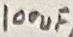
Text: 100uF